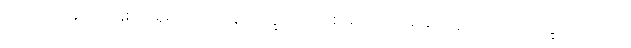
ကိုယ်ဟာရောဂါဖြစ်လို့ရှိရင် သာမန်လက္ခဏာပဲဖြစ်မယ်၊ သိပ်မဆိုးဘူး၊ ရောဂါလက္ခဏာလည်း